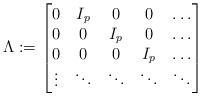
LaTeX: \begin{align*}\Lambda:=\begin{bmatrix}0&I_p&0&0&\dots\\0&0&I_p&0&\dots\\0&0&0&I_p&\dots\\\vdots&\ddots&\ddots&\ddots&\ddots\\\end{bmatrix}\end{align*}